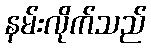
နမ်းလိုက်သည်